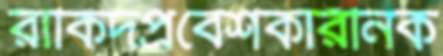
রাকিদপ্রবেশকারীনক